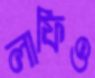
লাফিও